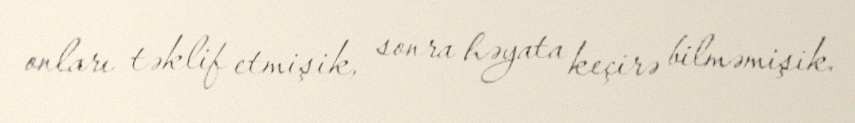
onları təklif etmişik, sonra həyata keçirə bilməmişik.